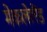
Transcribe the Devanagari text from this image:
मेकलेलैंड